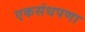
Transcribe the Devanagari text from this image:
एकसंधपणा